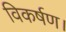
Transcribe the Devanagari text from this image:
विकर्षण।